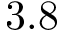
3 . 8